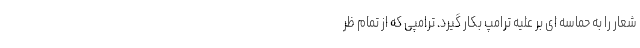
شعار را به حماسه ای بر علیه ترامپ بکار گیرد. ترامپی که از تمام ظر